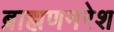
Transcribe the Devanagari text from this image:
ब्राह्मणनरेश